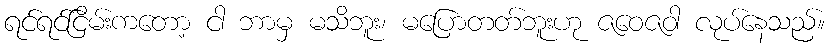
ရင်ရင်ငြိမ်းကတော့ ငါ ဘာမှ မသိဘူး၊ မပြောတတ်ဘူးဟု ဇဝေဇဝါ လုပ်နေသည်။